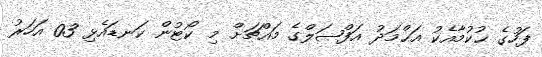
ފަހުގެ ޙުކުމާއެކު އަޙްމަދު އަފްޞަލްގެ މައްޗަށް މި ކޯޓުން ކަނޑައެޅި 03 އަހަރު